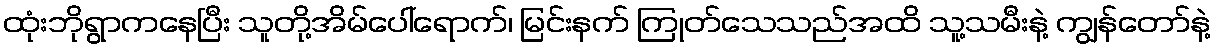
ထုံးဘိုရွာကနေပြီး သူတို့အိမ်ပေါ်ရောက်၊ မြင်းနက် ကြုတ်သေသည်အထိ သူ့သမီးနဲ့ ကျွန်တော်နဲ့